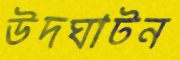
উদঘাটন